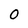
Character: O